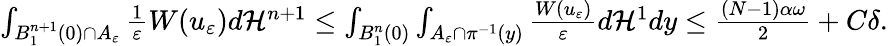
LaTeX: \begin{array}{r}{\int_{B_{1}^{n+1}(0)\cap A_{\varepsilon}}\frac{1}{\varepsilon}W(u_{\varepsilon})d\mathcal H^{n+1}\leq\int_{B_{1}^{n}(0)}\int_{A_{\varepsilon}\cap\pi^{-1}(y)}\frac{W(u_{\varepsilon})}{\varepsilon}d\mathcal H^{1}dy\leq\frac{(N-1)\alpha\omega}{2}+C\delta.}\end{array}